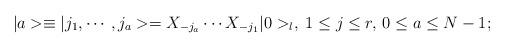
LaTeX: \begin{align*}\vert a>\equiv \vert j_1,\cdots , j_a>=X_{-j_a}\cdots X_{-j_1}\vert 0>_l,\; 1\leq j\leq r,\, 0\leq a\leq N-1;\end{align*}